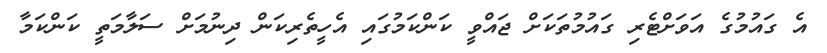
އެ ގައުމުގެ އަވަށްޓެރި ގައުމުތަކަށް ޖައްވީ ކަންކަމުުގައި އެހީތެރިކަން ދިނުމަށް ސަލާމަތީ ކަންކަމާ